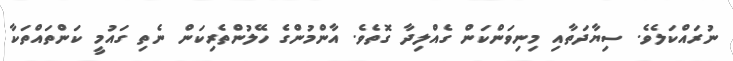
ނުރައްކަލެވެ. ސިޔާދަތާއި މިނިވަންކަން ގެއްލިދާ ގޮތެވެ. އާންމުންގެ ހޭލުންތެރިކަން ނެތި ގައުމީ ކަންތައްތަކާ